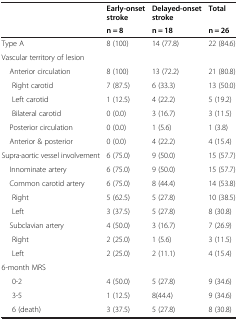
<table><thead><tr><td><b> </b></td><td><b>Early-onset stroke</b></td><td><b>Delayed-onset stroke</b></td><td><b>Total</b></td></tr><tr><td><b> </b></td><td><b>n = 8</b></td><td><b>n = 18</b></td><td><b>n = 26</b></td></tr></thead><tbody><tr><td>Type A</td><td>8 (100)</td><td>14 (77.8)</td><td>22 (84.6)</td></tr><tr><td colspan="4">Vascular territory of lesion</td></tr><tr><td> Anterior circulation</td><td>8 (100)</td><td>13 (72.2)</td><td>21 (80.8)</td></tr><tr><td>Right carotid</td><td>7 (87.5)</td><td>6 (33.3)</td><td>13 (50.0)</td></tr><tr><td>Left carotid</td><td>1 (12.5)</td><td>4 (22.2)</td><td>5 (19.2)</td></tr><tr><td>Bilateral carotid</td><td>0 (0.0)</td><td>3 (16.7)</td><td>3 (11.5)</td></tr><tr><td> Posterior circulation</td><td>0 (0.0)</td><td>1 (5.6)</td><td>1 (3.8)</td></tr><tr><td> Anterior &amp; posterior</td><td>0 (0.0)</td><td>4 (22.2)</td><td>4 (15.4)</td></tr><tr><td>Supra-aortic vessel involvement</td><td>6 (75.0)</td><td>9 (50.0)</td><td>15 (57.7)</td></tr><tr><td> Innominate artery</td><td>6 (75.0)</td><td>9 (50.0)</td><td>15 (57.7)</td></tr><tr><td> Common carotid artery</td><td>6 (75.0)</td><td>8 (44.4)</td><td>14 (53.8)</td></tr><tr><td>Right</td><td>5 (62.5)</td><td>5 (27.8)</td><td>10 (38.5)</td></tr><tr><td>Left</td><td>3 (37.5)</td><td>5 (27.8)</td><td>8 (30.8)</td></tr><tr><td> Subclavian artery</td><td>4 (50.0)</td><td>3 (16.7)</td><td>7 (26.9)</td></tr><tr><td>Right</td><td>2 (25.0)</td><td>1 (5.6)</td><td>3 (11.5)</td></tr><tr><td>Left</td><td>2 (25.0)</td><td>2 (11.1)</td><td>4 (15.4)</td></tr><tr><td colspan="4">6-month MRS</td></tr><tr><td>0-2</td><td>4 (50.0)</td><td>5 (27.8)</td><td>9 (34.6)</td></tr><tr><td>3-5</td><td>1 (12.5)</td><td>8(44.4)</td><td>9 (34.6)</td></tr><tr><td>6 (death)</td><td>3 (37.5)</td><td>5 (27.8)</td><td>8 (30.8)</td></tr></tbody></table>